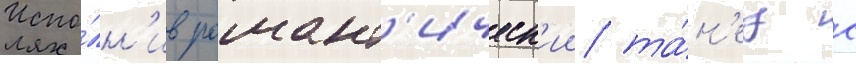
Испо́лн'ив романт'ическ'ии та́н'ец с